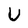
Character: U